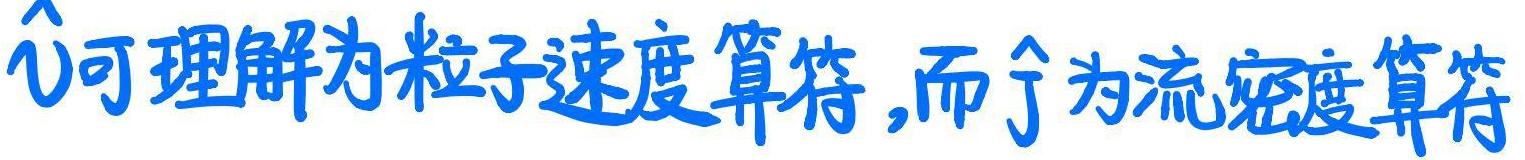
$\hat{\mathbf{v}}$可理解为粒子速度算符,而$\hat{\mathbf{j}}$为流密度算符